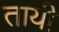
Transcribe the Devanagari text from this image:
तायी